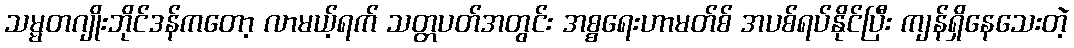
သမ္မတဂျိုးဘိုင်ဒန်ကတော့ လာမယ့်ရက် သတ္တပတ်အတွင်း အစ္စရေးဟာမတ်စ် အပစ်ရပ်နိုင်ပြီး ကျန်ရှိနေသေးတဲ့